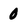
Character: 0